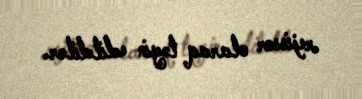
rejissor olaraq təyin edildilər.